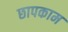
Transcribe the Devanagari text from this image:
छापकाम